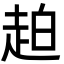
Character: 䞟